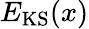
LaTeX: E_{\mathrm{KS}}(x)